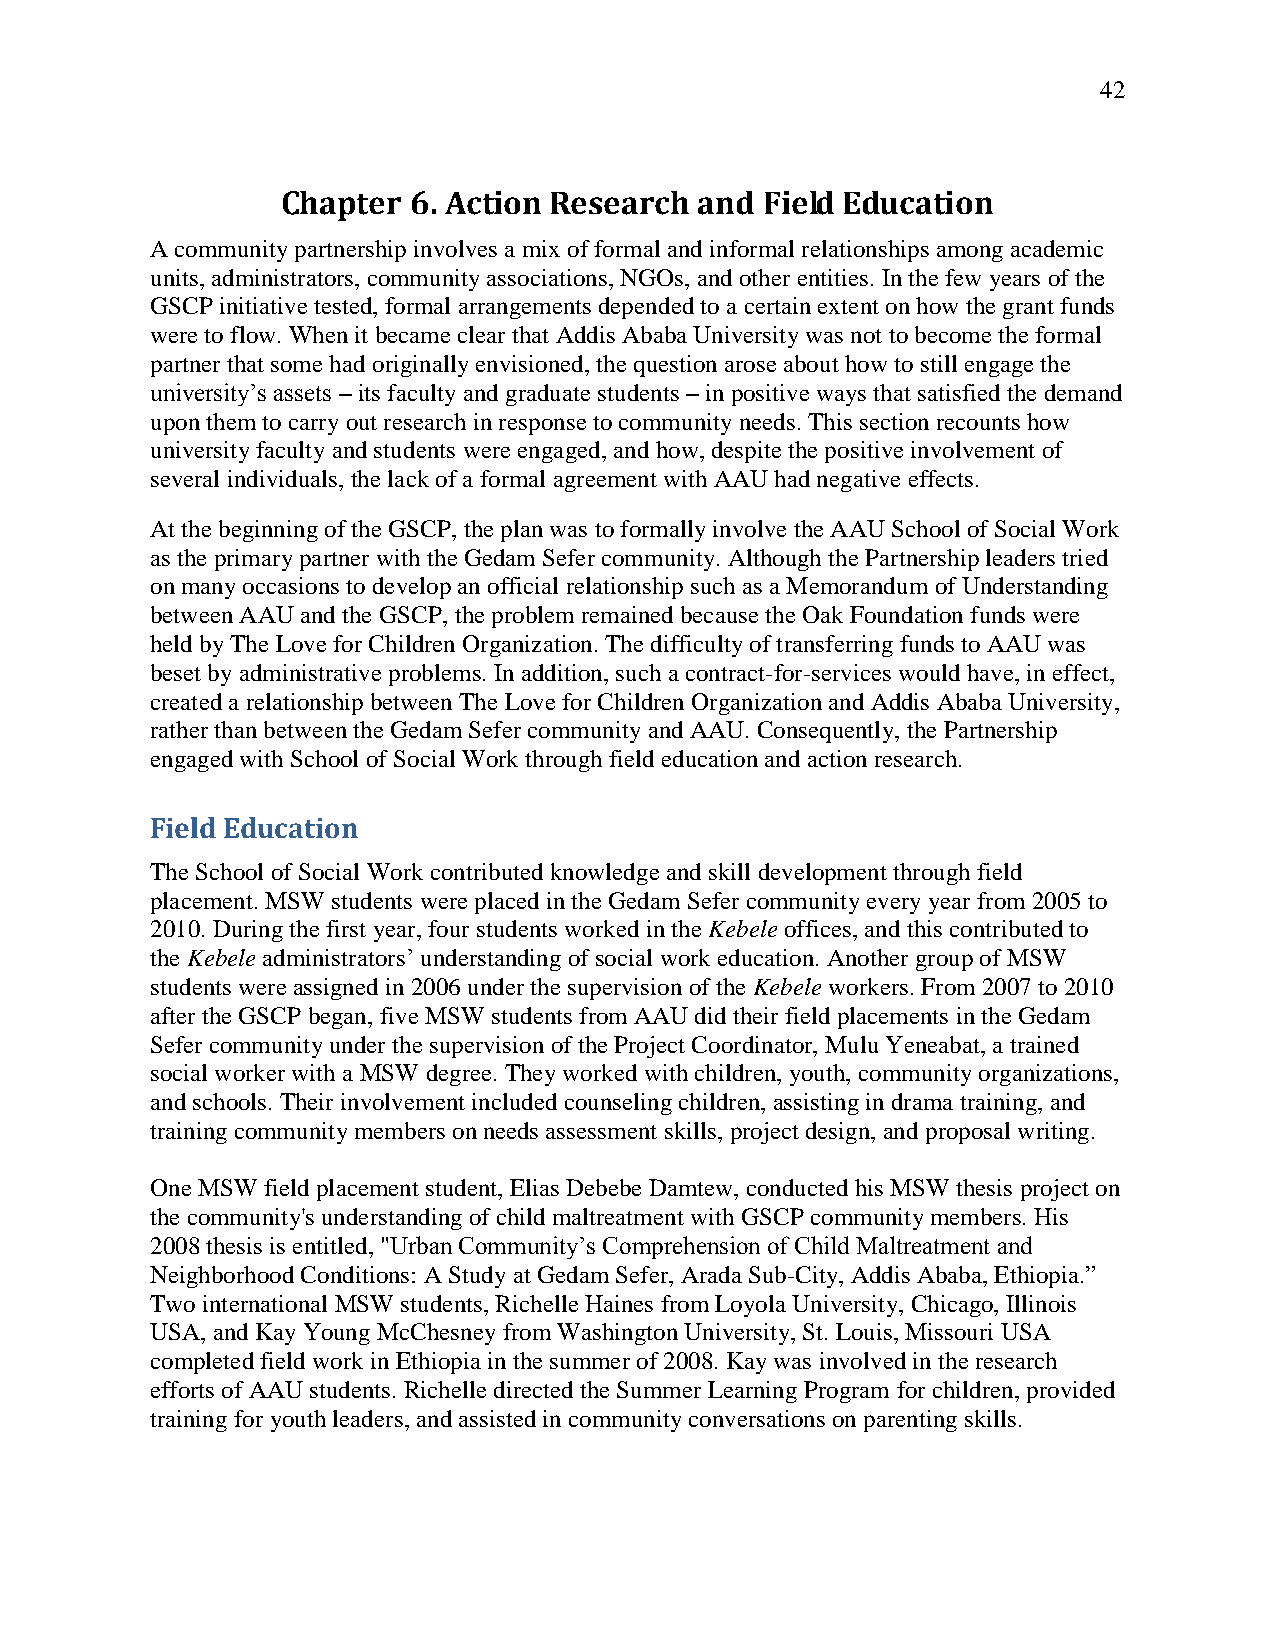
42
 Chapter 6. Action Research and  Field Education
 A community partnership involves a mix of formal and informal relationships among academic
 units, administrators, community associations, NGOs, and other entities. In the few years of the
 GSCP initiative tested, formal arrangements depended to a certain extent on how the grant funds
 were to flow. When it became clear that Addis Ababa University was not to become the formal
 partner that some had originally envisioned, the question arose about how to still engage the
 university‘s assets – its faculty and graduate students – in positive ways that satisfied the demand
 upon them to carry out research in response to community needs. This section recounts how
 university faculty and students were engaged, and how, despite the positive involvement of
 several individuals, the lack of a formal agreement with AAU had negative effects.
 At the beginning of the GSCP, the plan was to formally involve the AAU School of Social Work
 as the primary partner with the Gedam Sefer community. Although the Partnership leaders tried
 on many occasions to develop an official relationship such as a Memorandum of Understanding
 between AAU and the GSCP, the problem remained because the Oak Foundation funds were
 held by The Love for Children Organization. The difficulty of transferring funds to AAU was
 beset by administrative problems. In addition, such a contract-for-services would have, in effect,
 created a relationship between The Love for Children Organization and Addis Ababa University,
 rather than between the Gedam Sefer community and AAU. Consequently, the Partnership
 engaged with School of Social Work through field education and action research.
 Field Education
 The School of Social Work contributed knowledge and skill development through field
 placement. MSW students were placed in the Gedam Sefer community every year from 2005 to
 2010. During the first year, four students worked in the Kebele offices, and this contributed to
 the Kebele administrators‘ understanding of social work education. Another group of MSW
 students were assigned in 2006 under the supervision of the Kebele workers. From 2007 to 2010
 after the GSCP began, five MSW students from AAU did their field placements in the Gedam
 Sefer community under the supervision of the Project Coordinator, Mulu Yeneabat, a trained
 social worker with a MSW degree. They worked with children, youth, community organizations,
 and schools. Their involvement included counseling children, assisting in drama training, and
 training community members on needs assessment skills, project design, and proposal writing.
 One MSW field placement student, Elias Debebe Damtew, conducted his MSW thesis project on
 the community's understanding of child maltreatment with GSCP community members. His
 2008 thesis is entitled, "Urban Community‘s Comprehension of Child Maltreatment and
 Neighborhood Conditions: A Study at Gedam Sefer, Arada Sub-City, Addis Ababa, Ethiopia.‖
 Two international MSW students, Richelle Haines from Loyola University, Chicago, Illinois
 USA, and Kay Young McChesney from Washington University, St. Louis, Missouri USA
 completed field work in Ethiopia in the summer of 2008. Kay was involved in the research
 efforts of AAU students. Richelle directed the Summer Learning Program for children, provided
 training for youth leaders, and assisted in community conversations on parenting skills.